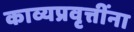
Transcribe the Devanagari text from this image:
काव्यप्रवृत्तींना